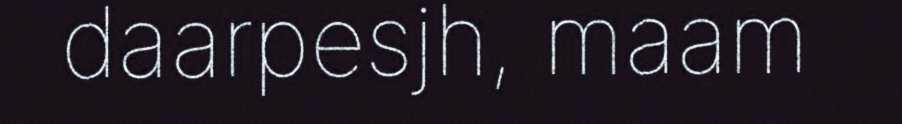
daarpesjh, maam